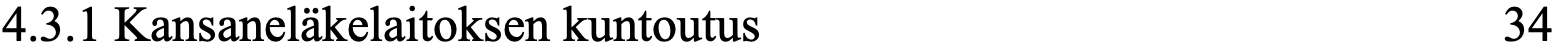
4.3.1 Kansaneläkelaitoksen kuntoutus              34